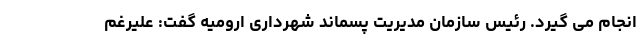
انجام می گیرد. رئیس سازمان مدیریت پسماند شهرداری ارومیه گفت: علیرغم